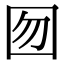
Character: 囫